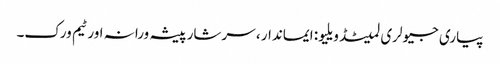
پیاری جیولری لمیٹڈ ویلیو: ایماندار ، سرشار پیشہ ورانہ اور ٹیم ورک۔